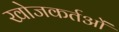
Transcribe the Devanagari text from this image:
खोजकर्तओं